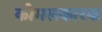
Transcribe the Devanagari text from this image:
कोमलकारक